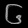
Digit: ၆